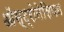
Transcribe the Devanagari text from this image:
ऑस्ट्रोनेसियन